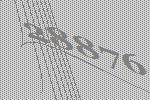
28876